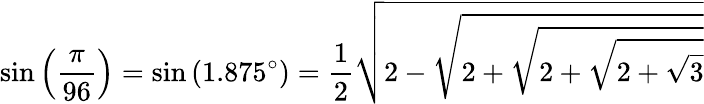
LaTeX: \sin\left({\frac{\pi}{96}}\right)=\sin\left(1.875^{\circ}\right)={\frac{1}{2}}{\sqrt{2-{\sqrt{2+{\sqrt{2+{\sqrt{2+{\sqrt{3}}}}}}}}}}